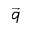
\vec { q }